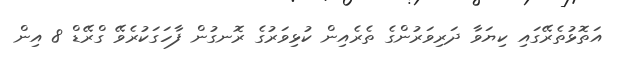
އަތޮޅުތެރޭގައި ކިޔަވާ ދަރިވަރުންގެ ތެރެއިން ކުޅިވަރުގެ ރޮނގުން ފާހަގަކުރެވޭ ގްރޭޑް 8 އިން